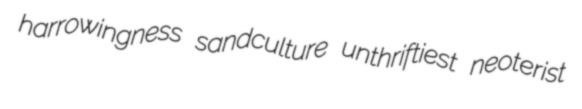
harrowingness sandculture unthriftiest neoterist